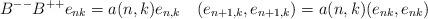
LaTeX: \begin{align*}B^{--}B^{++}e_{nk}=a(n,k)e_{n,k}\quad (e_{n+1,k},e_{n+1,k})=a(n,k)(e_{nk},e_{nk})\end{align*}